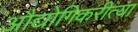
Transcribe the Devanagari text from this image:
औद्योगिकरीत्या